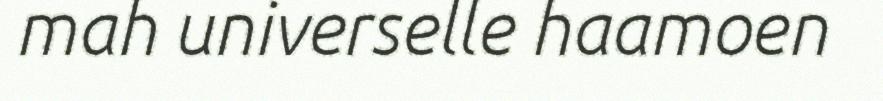
mah universelle haamoen